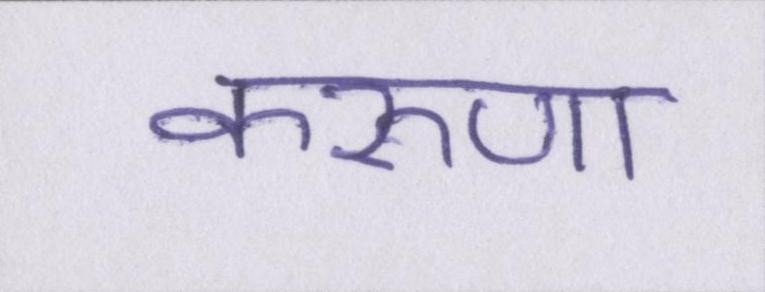
करुणा